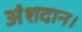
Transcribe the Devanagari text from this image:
अंशदान।